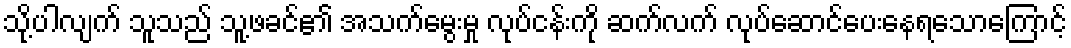
သို့ပါလျက် သူသည် သူ့ဖခင်၏ အသက်မွေးမှု လုပ်ငန်းကို ဆက်လက် လုပ်ဆောင်ပေးနေရသောကြောင့်